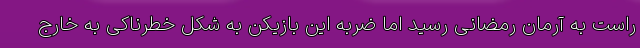
راست به آرمان رمضانی رسید اما ضربه این بازیکن به شکل خطرناکی به خارج